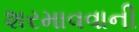
શરમાવવાની